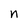
Character: n